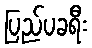
ပြည်ပခရီး